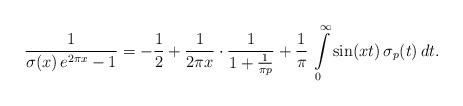
LaTeX: \begin{align*}\frac{1}{\sigma(x)\,e^{2\pi x}-1}=-\frac{1}{2}+\frac{1}{2\pi x}\cdot\frac{1}{1+\frac{1}{\pi p}}+\frac{1}{\pi}\,\intop_{0}^{\infty}\sin(xt)\,\sigma_{p}(t)\,dt.\end{align*}